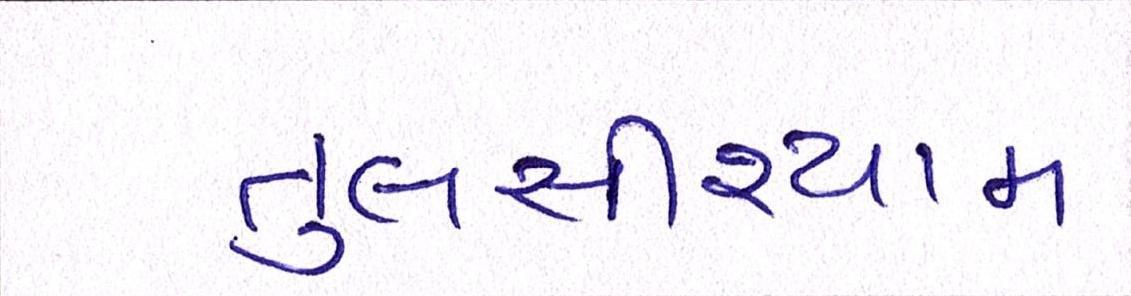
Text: તુલસીશ્યામ